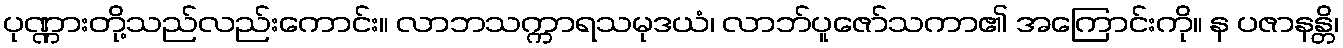
ပုဏ္ဏားတို့သည်လည်းကောင်း။ လာဘသက္ကာရသမုဒယံ၊ လာဘ်ပူဇော်သကာ၏ အကြောင်းကို။ န ပဇာနန္တိ၊